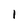
Character: l